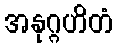
အနုဂ္ဂဟိတံ